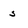
Character: s